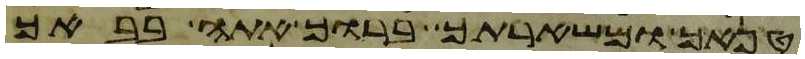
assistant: טנאך ומשארתך ברוך אתה בבאך